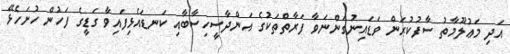
އަދި މަޢުލޫމާތު ސާފުކުރަން ވަޑައިނުގަންނަވާ ފަރާތްތަކުގެ އަންދާސީހިސާބާއި ކަނޑައެޅިފައިވާ ގަޑީގެ ފަހުން ހުށަހެޅޭ